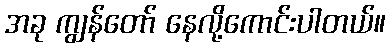
အခု ကျွန်တော် နေလို့ကောင်းပါတယ်။